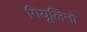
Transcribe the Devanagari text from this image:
गियूलिनो